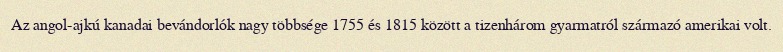
Az angol-ajkú kanadai bevándorlók nagy többsége 1755 és 1815 között a tizenhárom gyarmatról származó amerikai volt.